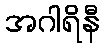
အဂါရိနီ